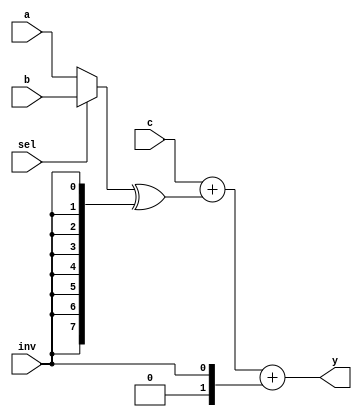
module arith1(sel,inv,a,b,c,y);
  input sel,inv;
  input signed [7:0] a,b,c;
  output signed [8:0] y;
  
  reg [7:0] op;
	reg [8:0] y;
  
  always @(a,b,c,sel,inv,y)
    begin
         if (sel == 1'b0)
           op = a; 
         else  
           op = b;
         y = c + $signed(op ^ {8{inv}}) + $signed({1'b0,inv}); 
    end
endmodule